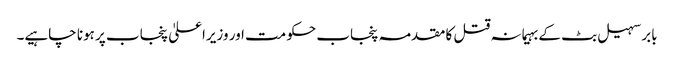
بابر سہیل بٹ کے بہیمانہ قتل کا مقدمہ پنجاب حکومت اور وزیراعلیٰ پنجاب پر ہونا چاہیے۔